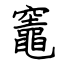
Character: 竈